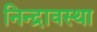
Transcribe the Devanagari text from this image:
निन्द्रावस्था